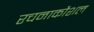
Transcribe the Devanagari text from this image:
रचनाकौशल